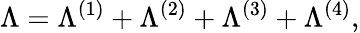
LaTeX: \Lambda=\Lambda^{(1)}+\Lambda^{(2)}+\Lambda^{(3)}+\Lambda^{(4)},